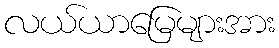
လယ်ယာမြေများအား